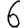
Digit: 6